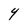
Character: Y